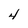
Character: 4